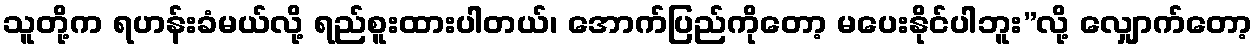
သူတို့က ရဟန်းခံမယ်လို့ ရည်စူးထားပါတယ်၊ အောက်ပြည်ကိုတော့ မပေးနိုင်ပါဘူး”လို့ လျှောက်တော့